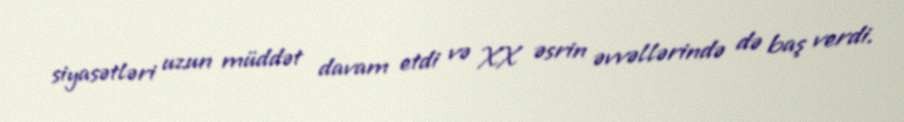
siyasətləri uzun müddət davam etdi və XX əsrin əvvəllərində də baş verdi.